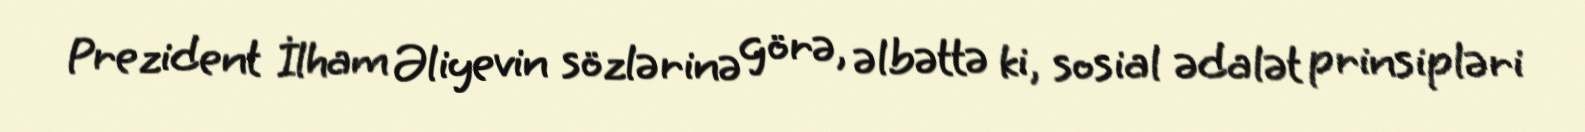
Prezident İlham Əliyevin sözlərinə görə, əlbəttə ki, sosial ədalət prinsipləri